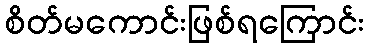
စိတ်မကောင်းဖြစ်ရကြောင်း